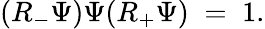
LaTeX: (R_{-}\Psi)\Psi(R_{+}\Psi)\; =\; 1.